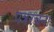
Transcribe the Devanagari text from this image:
पत्ररचना